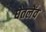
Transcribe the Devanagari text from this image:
घेतलेंव